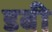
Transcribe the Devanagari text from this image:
डबी